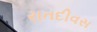
રાતદીવસ